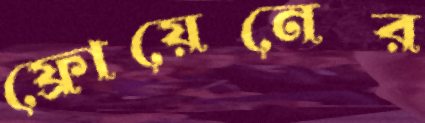
ফ্রোয়েনের